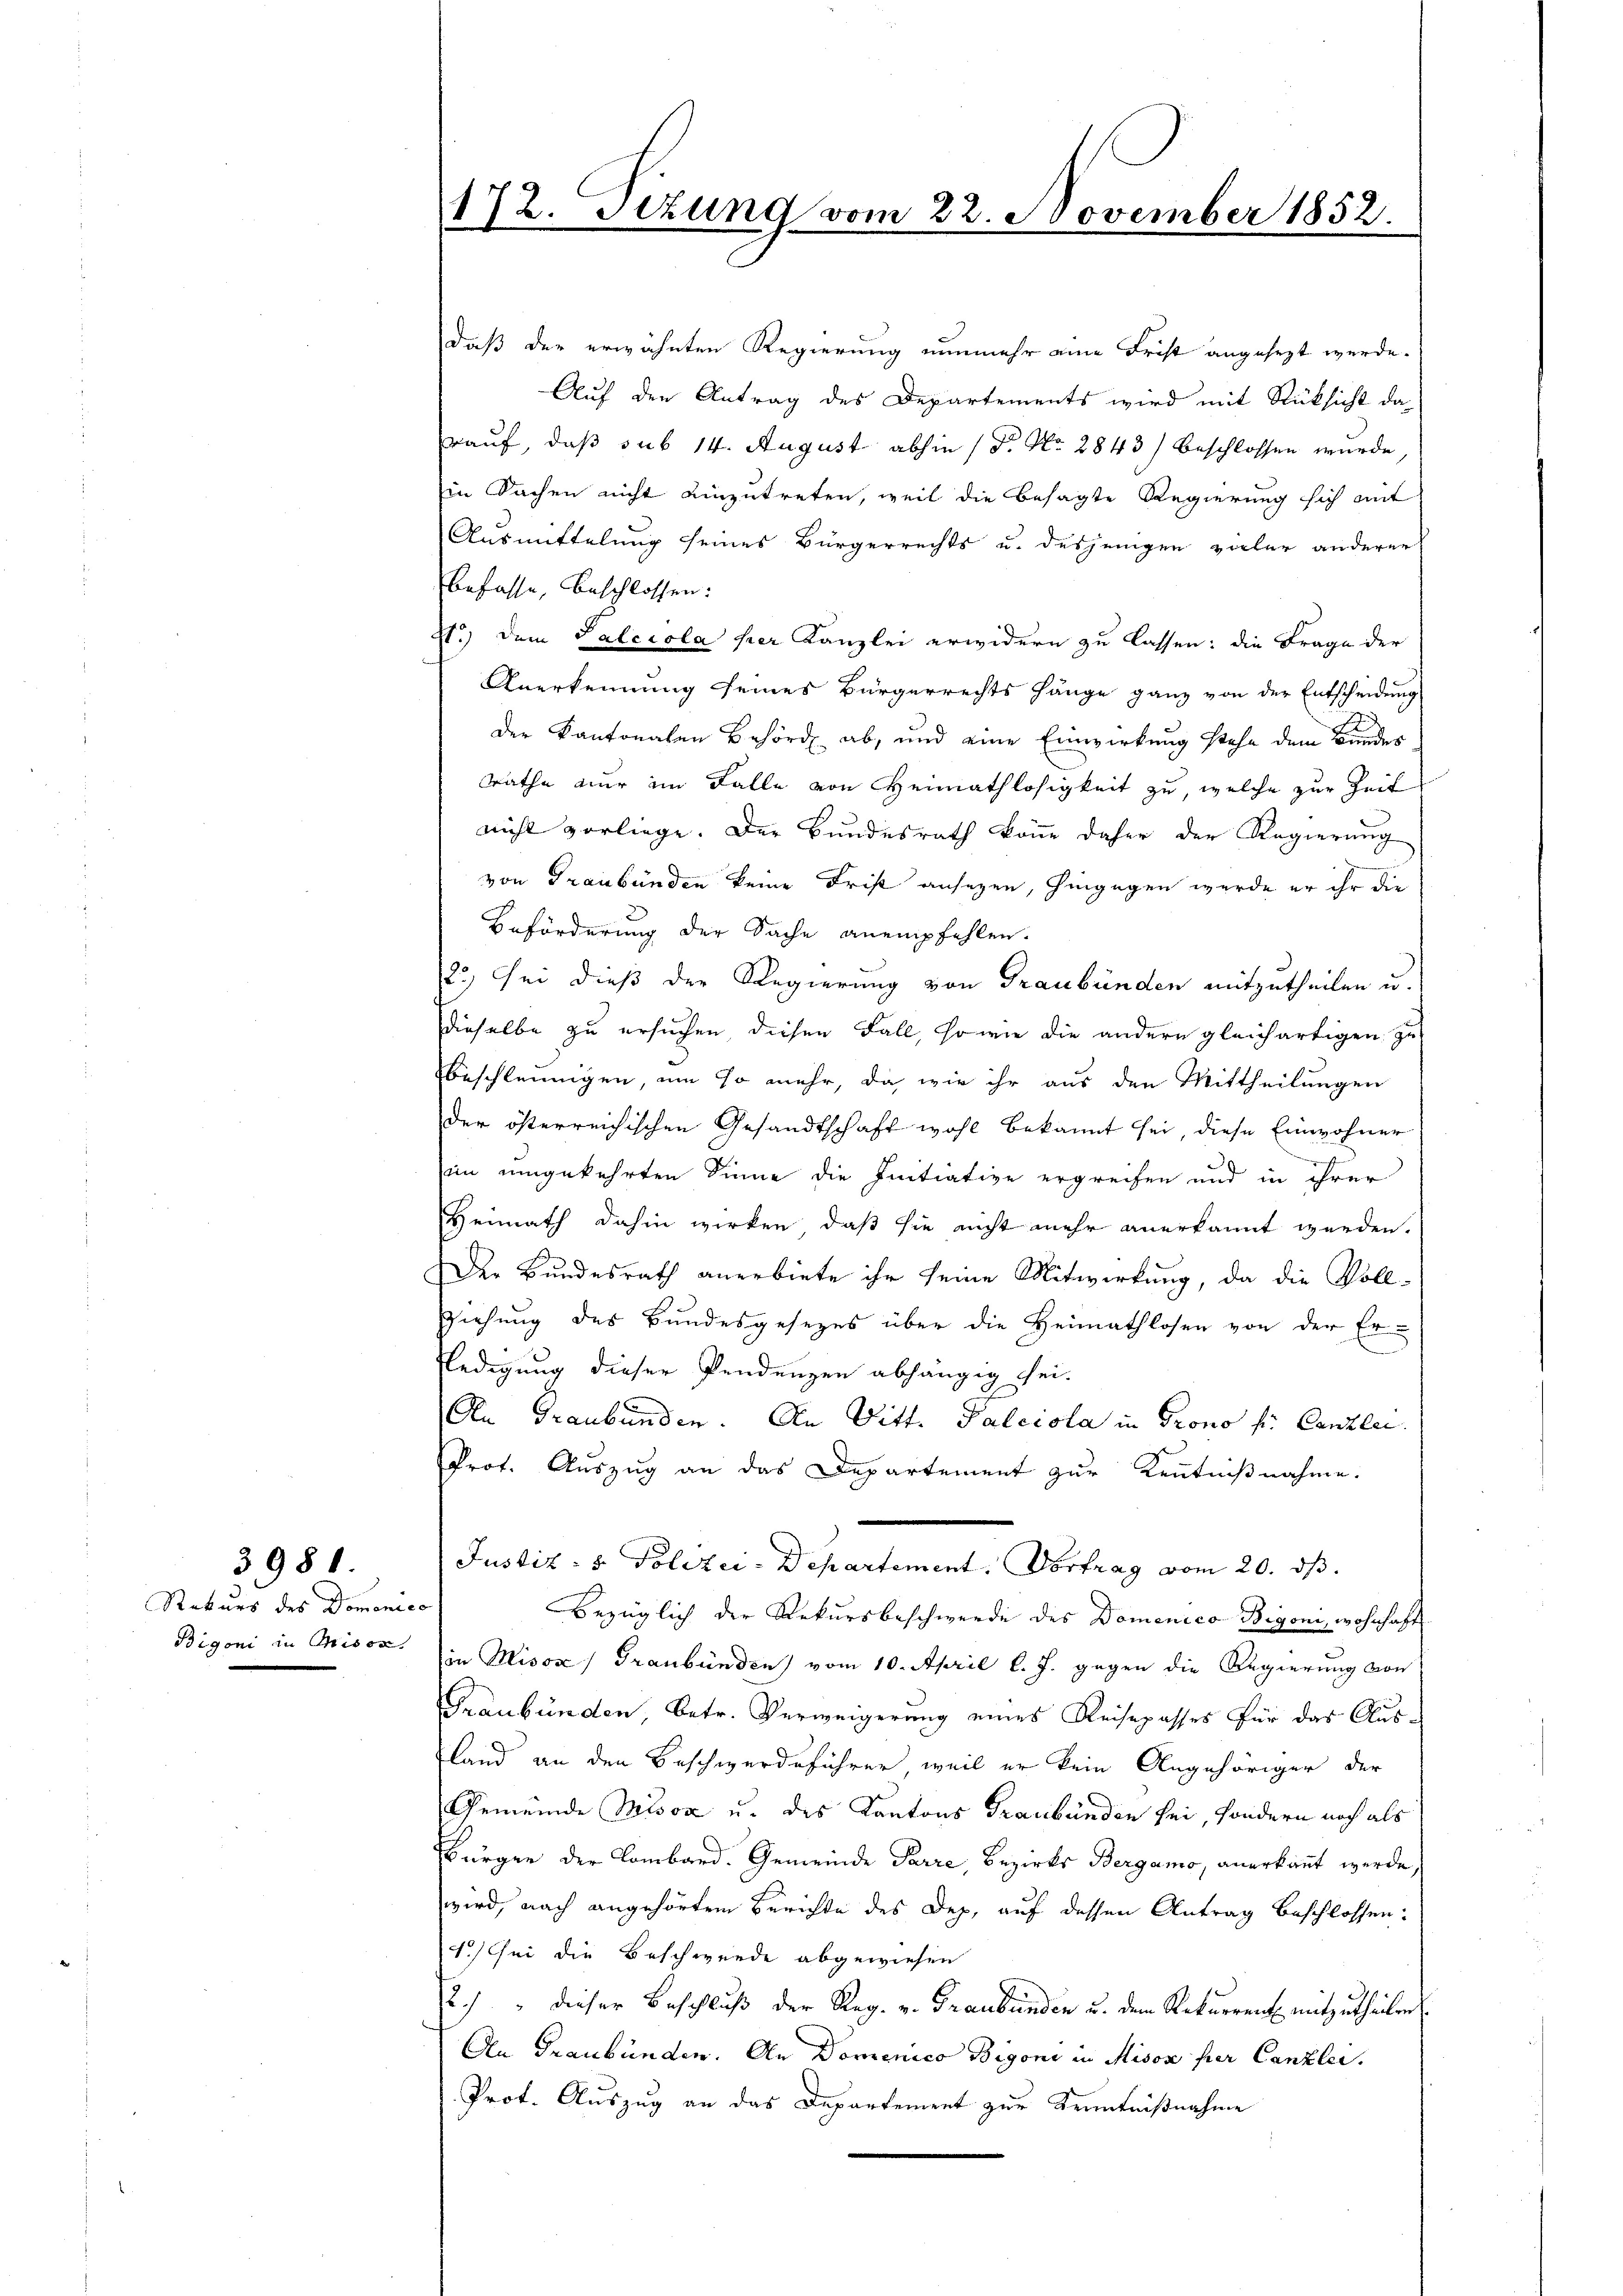
3981

Rekurs des Domenico
Bigoni in Misox

172. Sitzung vom 22. November 1852.

daß der erwähnten Regierung nunmehr eine Frist angesezt werde.
Auf den Antrag des Departements wird mit Rücksicht da
rauf, daß sub 14. August abhin 1 Fr. No. 2843) beschlossen wurde
in Sachen nicht einzutreten, weil die besagte Regierung sich mit
Ausmittelung seines Bürgerrechts u. desjenigen vieler anderer
befasse, beschlossen:
t.) Dem Palccola her Kanzlei erwidern zu lassen: die Frage der
Anerkennung seines Bürgerrechts hänge ganz von der Entscheidung
der Kantonalen Behörde ab, und eine Einwirkung stehe dem Bunder
Räthe nur im Falle von Heimathlosigkeit zu, welche zur Zeit
nicht vorliege. Der Bundesrath könne daher der Regierŭng
von Graubünden keine Frist ansagen, hingegen wurde er ihr die
Beförderung der Sache anempfehlen.
2.) Sei dieß der Regierung von Graubünden mitzutheilen u.
dieselbe zu ersuchen, diesen Fall, sowie die andern gleichartigen zu
beschleunigen, um so mehr, da, wie ihr aus den Mittheilungen
der österreichischen Gesandtschaft wohl bekannt sei, diese Einwohner
r
im umgekehrten Sinne die Intiative ergreifen und in ihrer
Heimath dahin wirken, daß sie nicht mehr anerkannt werden.
Der Bundesrath anerbiete ihr seine Mitwirkung, da die Voll¬
Ziehung des Bundesgesezes über die Heimathlosen von der Er-
Eledigung dieser Pendenzen abhängig sei¬
An Graubünden. An Ditt. Palccola in Prono f. Canzlei
Prot. Auszug an das Departement zur Kenntnißnahme.
Justiz- & Polizei-Departement. Vortrag vom 20. ds.
Bezüglich der Rekursbeschwerde des Domenico Bigoni, wohnhaft
in Misox) Graubünden) vom 10. April l. J. gegen die Regierung von
Graubünden, betr. Verweigerung eines Reisepasses für das Ausland an den Beschwerdeführer, weil er kein Angehöriger der
Gemeinde Misox u. des Kantons Graubünden sei, sondern noch als
Bürger der Lombard. Gemeinde Parre, Bezirks Bergamo, anerkannt werde,
wird, nach angehörtem Berichte des Dep. auf dessen Antrag beschlossen:
4.) Sei die Beschwerde abgewiesen
2) " dieser Beschluß der Reg. v. Graubünden u. dem Rekurrent mitzutheilen
An Graubünden. An Domenico Bigoni in Mison hier Canzlei.
Prot. Auszug an das Departement zur Kenntnißnahme